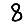
Digit: 8